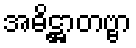
အဓိဋ္ဌာတဗ္ဗာ